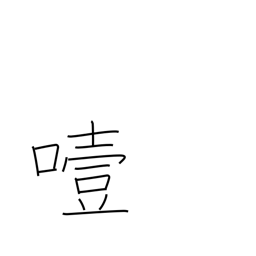
Meaning: choke